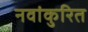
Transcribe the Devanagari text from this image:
नवांकुरित